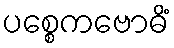
ပစ္စေကဗောဓိံ